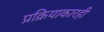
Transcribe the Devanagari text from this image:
प्रक्रियाकारही